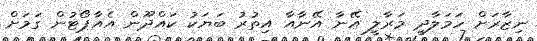
ނިޒާރަށް ހަމަލާދީ މަރާލީ އޭނާ އޭނާއާ އިތުރު ބަޔަކު ކައްދޫން އެއާޕޯޓުން ގަމަށް